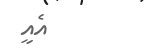
އެއީ